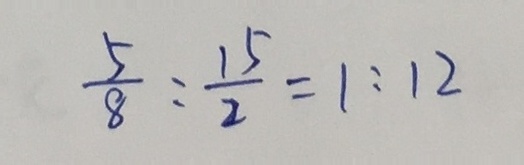
\frac { 5 } { 8 } : \frac { 1 5 } { 2 } = 1 : 1 2